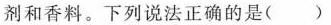
剂和香料。下列说法正确的是( )